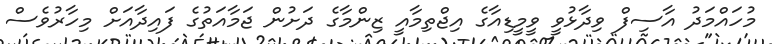
މުހައްމަދު އާސިފް ވިދާޅުވީ ވީމީޑިއާގެ އިޖްތިމާއީ ޒިންމާގެ ދަށުން ޖަމާއަތުގެ ފައިދާއަށް މިހާރުވެސް